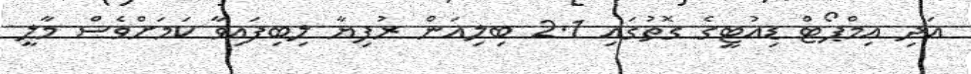
އަދި އިމްޕޯޓް ޑިއުޓީގެ ގޮތުގައި 2.1 ބިލިއަން ރުފިޔާ ލިބިފައިވާ ކަމަށްވެސް މާލީ